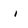
Character: i